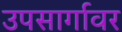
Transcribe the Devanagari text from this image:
उपसार्गावर